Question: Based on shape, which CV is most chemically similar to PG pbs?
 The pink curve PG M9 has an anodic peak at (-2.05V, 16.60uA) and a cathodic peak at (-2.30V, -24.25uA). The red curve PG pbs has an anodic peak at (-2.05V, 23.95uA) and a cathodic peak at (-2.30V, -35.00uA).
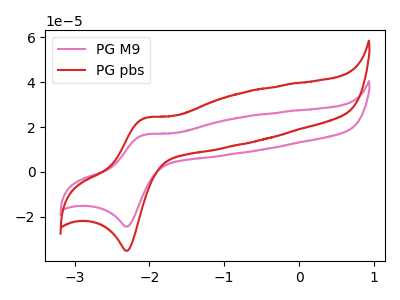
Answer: <think>All the peaks in "PG M9" have a peak in "PG pbs" at the same potential. Every peak in "PG M9" is lower than every peak in "PG pbs".
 </think>
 <answer>The CV with the most similar shape to "PG M9" is "PG pbs".</answer>
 <eval>"PG pbs"</eval>